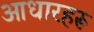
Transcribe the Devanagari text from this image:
आधारहरू